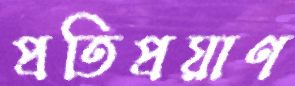
প্রতিপ্রয়াণ